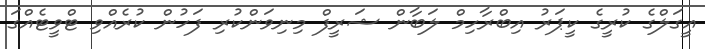
އީގަލްގެ ކުރީގެ ކީޕަރު އިބްރާހިމް ލަބާން ޝަރީފް މިނިވަންކުރި ފަހުން ކުރެއްވި ޓްވީޓެއްގަ